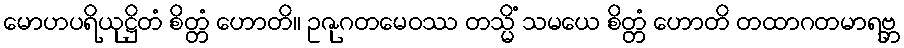
မောဟပရိယုဋ္ဌိတံ စိတ္တံ ဟောတိ။ ဥဇုဂတမေဝဿ တသ္မိံ သမယေ စိတ္တံ ဟောတိ တထာဂတမာရဗ္ဘ